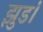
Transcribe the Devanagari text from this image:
झुडं।